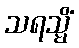
သရသ္မိံ